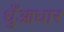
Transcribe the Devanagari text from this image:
धुँआधार